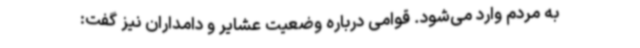
به مردم وارد می‌شود. قوامی درباره وضعیت عشایر و دامداران نیز گفت: